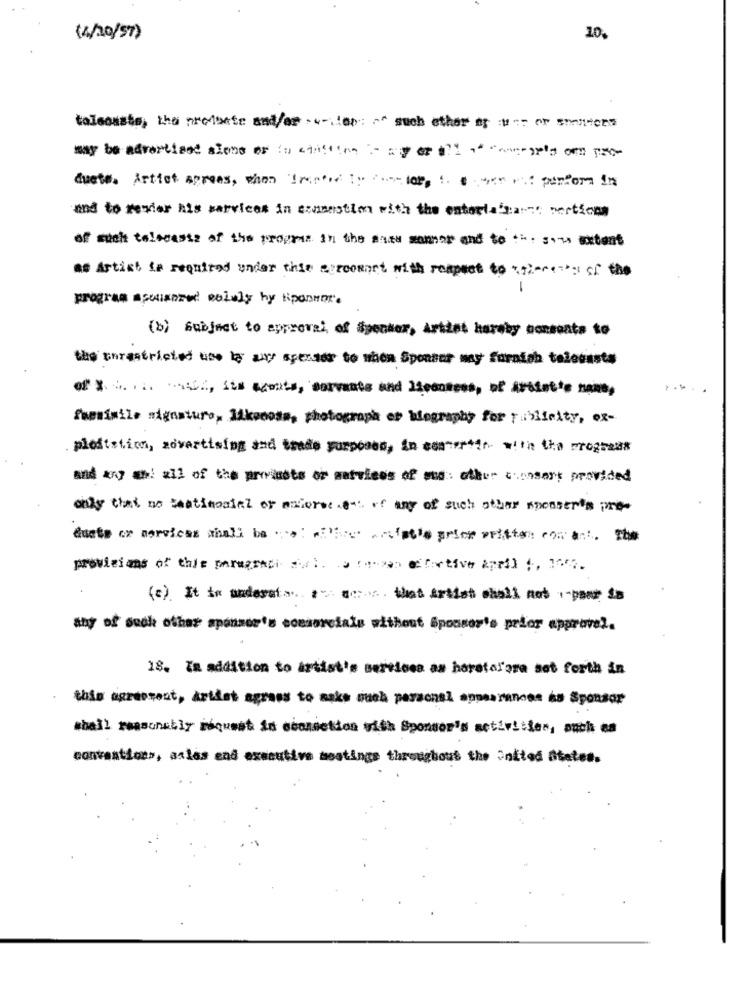
(4/10/57)
10.
talsousts, the pretexte andar .w-lan: ^^ such other of wor senters
may be advertised sions er bo suistim - ag col ··- comp
duets. Artist agrees, when Trepaid to cooler, i. e. wer eit pintor in
and to revier his services in cammastion with the enterlabeaume vertien
of malt telecasts of the program in the same manner and to th. sous extent
as Artist fe required under this agroomort with respect to ",12^^(7'si of the
-
program ascienzed solely hy liparmax.
(b) Subject to approval of Specher, Artist hardby comments to
the unrestricted use la av spends to when Sponsor way furnish telecasts
fammimile signature, likeness, photograph es klography for publicity, ex-
plestation, advertising and trade purposes, in convertir with the progress
and any a: all of the provinets or matwiees of us: other consery provided
only that no testimonial or maforse 6- of any of such other sponser's pro-
Quete or services shall be we willes ansfatto price written con ant. the
provisions of this paragradi. al. .. ( *-** > e:tive April 1, 107.
(c). It in understaathat Artist shall not -paar
any of such other sponsor's ccesorcials without Sponsor's prior approve !.
18. In addition to artist's services as horstof'ara set forth in
this agreement, artist agrass to naks such personel appearances as Sponsor
shall reasonably request in connection with Sponsor's activities, such as
conventions, asles end executive mestinge throughout the Onitod States.